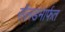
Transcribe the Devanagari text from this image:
सॅलडमार्फत